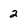
Character: 2